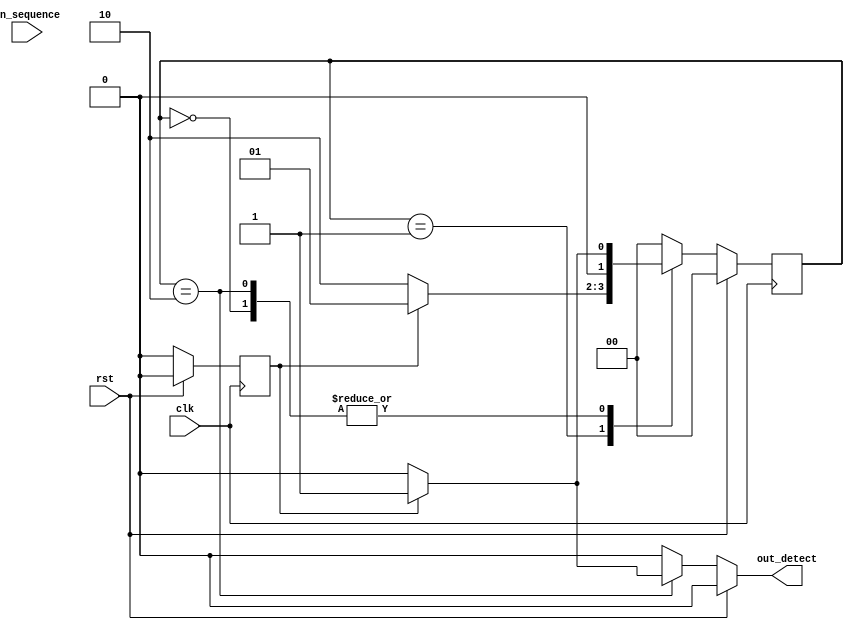
module sequence_detector_mealy(
input rst,clk,in_sequence,output reg out_detect);
reg in_seq_reg;
parameter size = 2,s0=2'b00,s1=2'b01,s2=2'b10;
reg[size-1:0] state, next_state;
always@(posedge clk)
begin
if(rst)
begin
in_seq_reg<=0;
state<=0;
end
else begin
in_seq_reg<=in_seq;
state<=next_state;
end
end
always@(state or in_seq_reg or rst)
begin 
next_state<=0;
if(rst)
out_detect<=0;
else begin
case(state)

s0: if(in_seq_reg == 1'b0)
begin
next_state<=s0;
out_detect<=1'b0;
end
else begin
next_state<=s1;
out_detect<=1'b0;
end

s1: if(in_seq_reg == 1'b0)
begin
next_state<=s2;
out_detect<=1'b0;
end
else begin
next_state<=s1;
out_detect<=1'b0;
end

s2: if(in_seq_reg == 1'b0)
begin
next_state<=s0;
out_detect<=1'b0;
end
else begin
next_state<=s1;
out_detect<=1'b1;
end

default: begin
next_state<=s0;
out_detect<=1'b0;
end
endcase
end end
endmodule